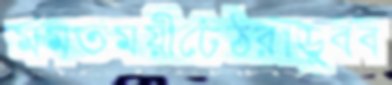
মমত্বময়ীঢেঁঠরাডুবব